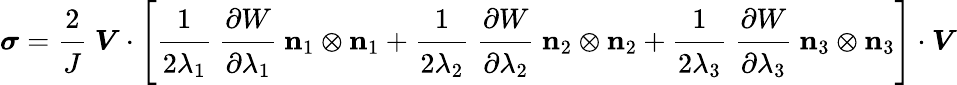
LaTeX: {\boldsymbol{\sigma}}={\cfrac{2}{J}}~{\boldsymbol{V}}\cdot\left[{\cfrac{1}{2\lambda_{1}}}~{\cfrac{\partial W}{\partial\lambda_{1}}}~\mathbf{n}_{1}\otimes\mathbf{n}_{1}+{\cfrac{1}{2\lambda_{2}}}~{\cfrac{\partial W}{\partial\lambda_{2}}}~\mathbf{n}_{2}\otimes\mathbf{n}_{2}+{\cfrac{1}{2\lambda_{3}}}~{\cfrac{\partial W}{\partial\lambda_{3}}}~\mathbf{n}_{3}\otimes\mathbf{n}_{3}\right]\cdot{\boldsymbol{V}}